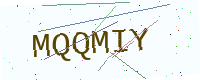
Text: MQQMIY